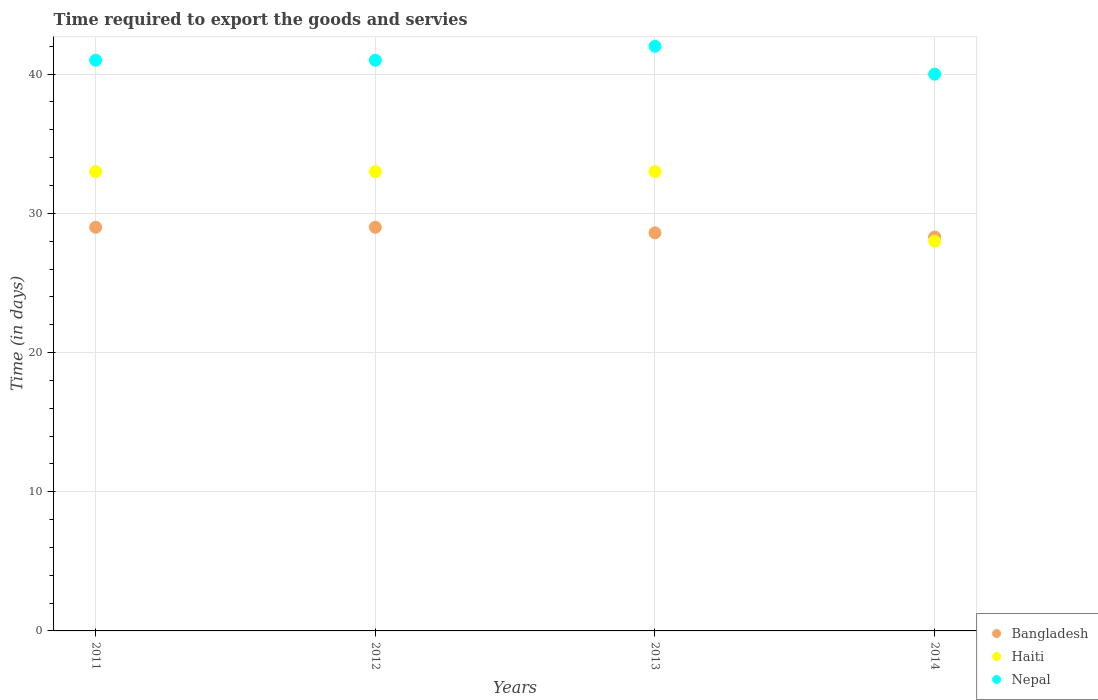
| Years | Bangladesh | Haiti | Nepal |
 | --- | --- | --- | --- |
 | 2011 | 29 | 33 | 41 |
 | 2012 | 29 | 33 | 41 |
 | 2013 | 28.6 | 33 | 42 |
 | 2014 | 28.3 | 28 | 40 |